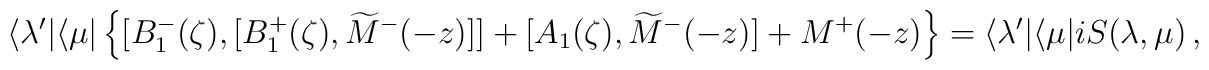
\langle\lambda'|\langle\mu|\left\{[B_1^-(\zeta),[B_1^+(\zeta),\widetilde M^-(-z)]]+[A_1(\zeta),\widetilde M^-(-z)]+M^+(-z)\right\}=\langle\lambda'|\langle\mu|iS(\lambda,\mu)\,,